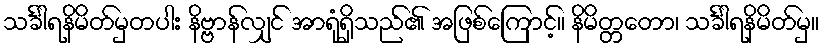
သင်္ခါရနိမိတ်မှတပါး နိဗ္ဗာန်လျှင် အာရုံရှိသည်၏ အဖြစ်ကြောင့်။ နိမိတ္တတော၊ သင်္ခါရနိမိတ်မှ။